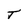
Character: T